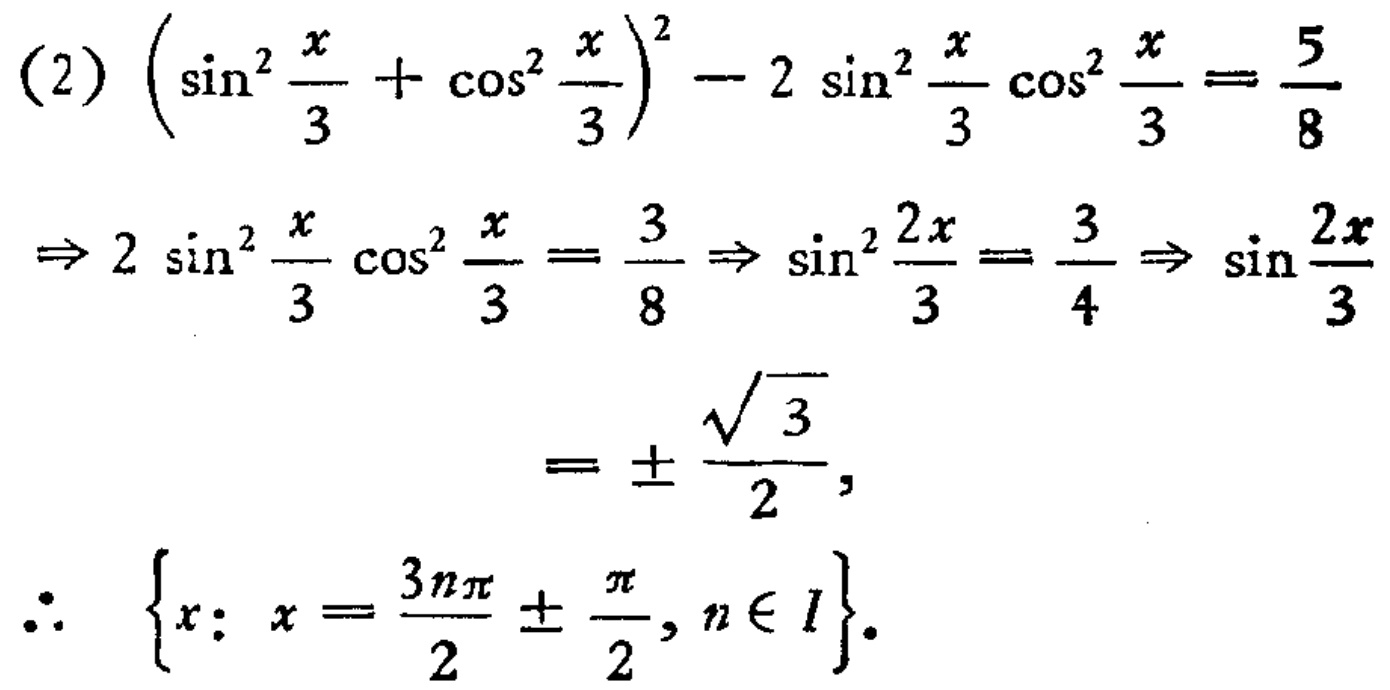
\[
\begin{align*}
&(2)\left(\sin^{2}\frac{x}{3}+\cos^{2}\frac{x}{3}\right)^{2}-2\sin^{2}\frac{x}{3}\cos^{2}\frac{x}{3}=\frac{5}{8}\\
\Rightarrow&2\sin^{2}\frac{x}{3}\cos^{2}\frac{x}{3}=\frac{3}{8}\Rightarrow\sin^{2}\frac{2x}{3}=\frac{3}{4}\Rightarrow\sin\frac{2x}{3}\\
&=\pm\frac{\sqrt{3}}{2},\\
\therefore&\{x:x = \frac{3n\pi}{2}\pm\frac{\pi}{2},n\in I\}.
\end{align*}
\]